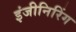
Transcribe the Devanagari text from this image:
इंजीनिरिंग